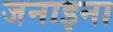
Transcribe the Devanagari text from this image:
जनाइना